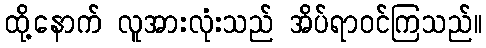
ထို့နောက် လူအားလုံးသည် အိပ်ရာဝင်ကြသည်။